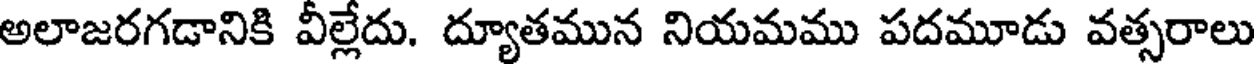
అలాజరగడానికి వీల్లేదు. ద్యూతమున నియమము పదమూడు వత్సరాలు